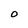
Character: O